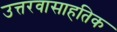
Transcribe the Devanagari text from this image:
उत्तरवासाहतिक